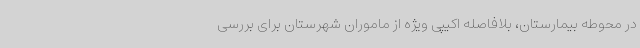
در محوطه بیمارستان، بلافاصله اکیپی ویژه از ماموران شهرستان برای بررسی